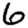
Digit: 6